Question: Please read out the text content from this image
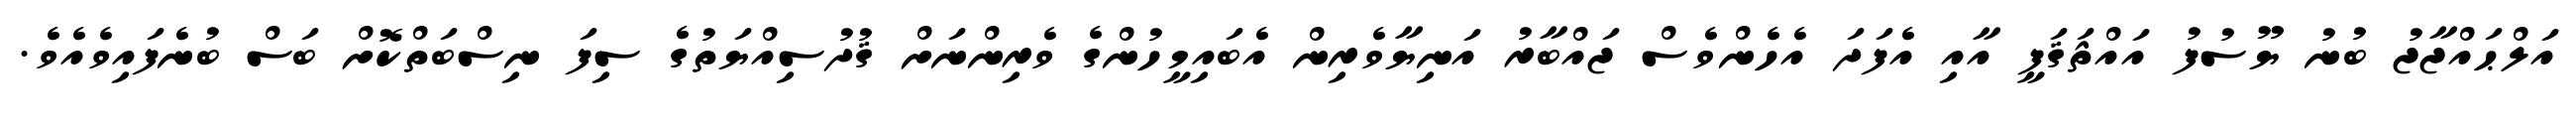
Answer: އަލްޙައްޖާޖު ބުނު ޔޫސުފު އައްޘަޤަފީ އާއި އެފަދަ އެހެންވެސް ޖައްބާރު އަނިޔާވެރިން އެބައިމީހުންގެ ވެރިންނަށް ޤުދުސިއްޔަތުގެ ސިފަ ނިސްބަތްކޮށް ބަސް ބުނެފައިވެއެވެ.